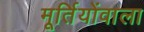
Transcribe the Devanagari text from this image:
मूर्तियोंवाला